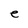
Character: e